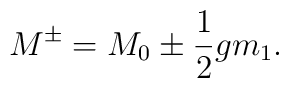
M^\pm = M_0 \pm {1\over 2} g m_1.